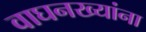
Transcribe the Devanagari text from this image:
वाघनख्यांना